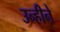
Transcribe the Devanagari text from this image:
उन्हीने